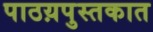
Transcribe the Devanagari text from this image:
पाठय़पुस्तकात